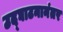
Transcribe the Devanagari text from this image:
उद्‌घाटनानंतर